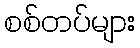
စစ်တပ်များ